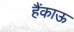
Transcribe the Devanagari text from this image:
हैंकाऊ